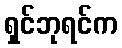
ရှင်ဘုရင်က